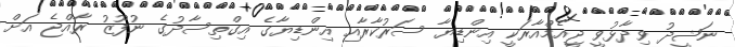
ނަޝީދު ވިދާޅުވީ ޖީއެމްއާރަކީ އިންޑިޔާ ސަރުކާރާއި އިންޑިޔާގެ އިގްތިސާދުގެ ނުފޫޒު ރާއްޖެ އަށް